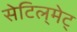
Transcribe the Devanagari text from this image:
सेटिल्‌मेट्